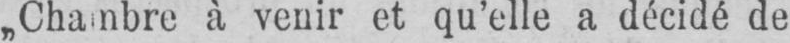
„Chambre à venir et qu’elle a décidé de